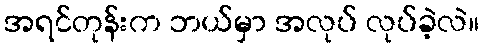
အရင်တုန်းက ဘယ်မှာ အလုပ် လုပ်ခဲ့လဲ။